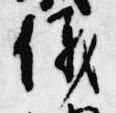
儀